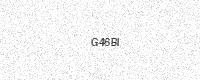
Text: G46BI